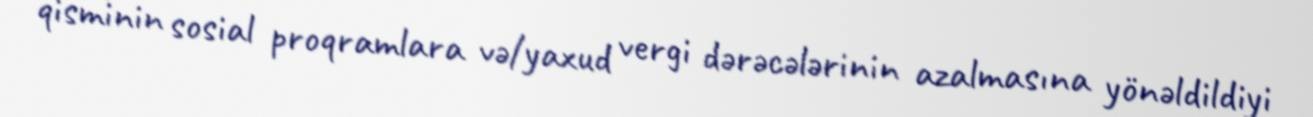
qisminin sosial proqramlara və/yaxud vergi dərəcələrinin azalmasına yönəldildiyi